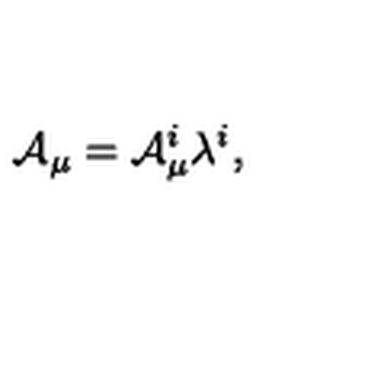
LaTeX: { \cal A } _ { \mu } = { \cal A } _ { \mu } ^ { i } \lambda ^ { i } ,